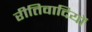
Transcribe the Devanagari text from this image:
रीतिवादियों